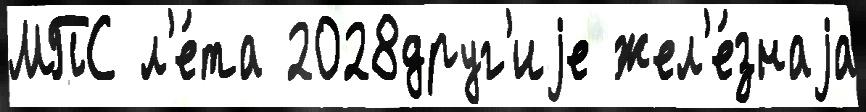
МПС л'е́та 2028друг'иjе жел'е́знаjа